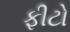
ફીટો